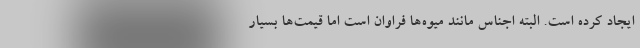
ایجاد کرده است. البته اجناس مانند میوه‌ها فراوان است اما قیمت‌ها بسیار